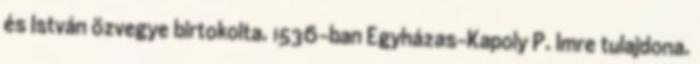
és István özvegye birtokolta. 1536-ban Egyházas-Kapoly P. Imre tulajdona.